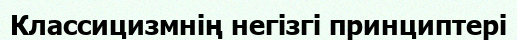
Классицизмнің негізгі принциптері